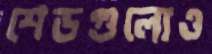
শেডগুলোও